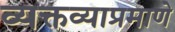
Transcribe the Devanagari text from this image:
व्यक्तव्याप्रमाणे